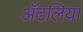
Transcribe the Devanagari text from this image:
अँटलिया